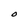
Character: O